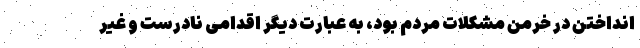
انداختن در خرمن مشکلات مردم بود، به عبارت دیگر اقدامی نادرست و غیر